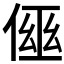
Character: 𠋗